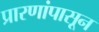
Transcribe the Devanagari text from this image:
प्रारणांपासून